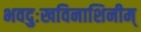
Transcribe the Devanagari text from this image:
भवदुःखविनाशिनीम्